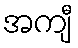
အကျီ